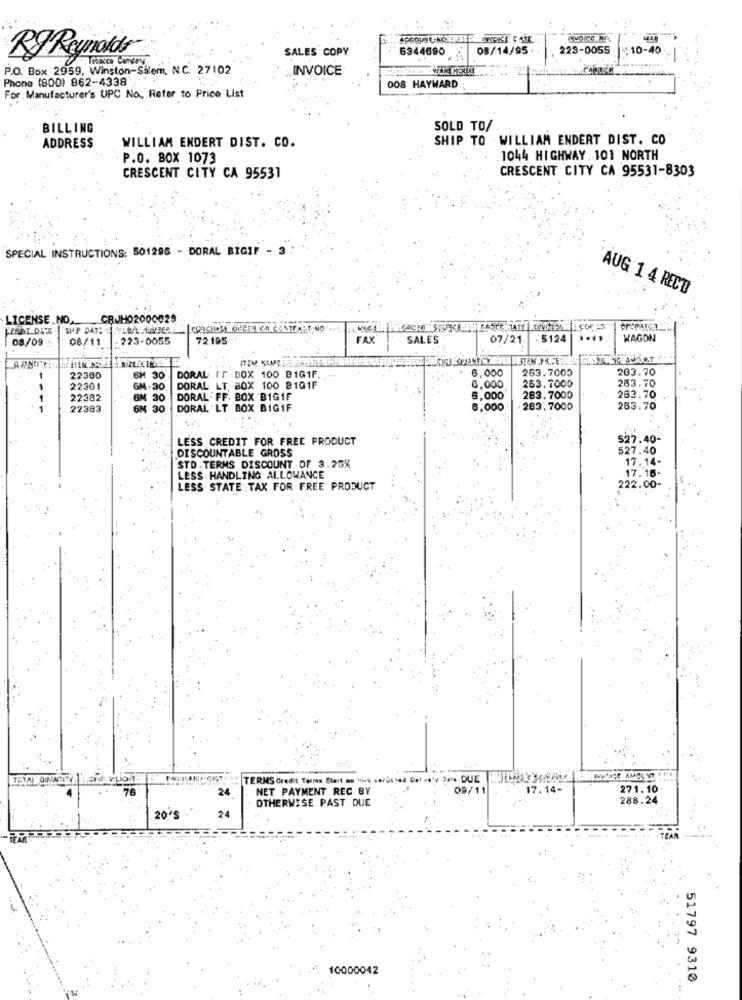
APROUNL-NO. LESS KA INVOKE $ ATE
SALES COPY
5344690
08/14/95 . .
223-0055
: 10-40
RJ Reynolds
P.O. Box 2959, Winston-Salem, N.C. 27:02
Tobacco Comen
INVOICE
Phone (800) 862-4338 '
008 HAYWARD
For . Manufacturer's UPC No. Refer to Price List
BILLING
SOLD TO/
SHIP TO . WILLIAM ENDERT DIST. CO
ADDRESS
WILLIAM ENDERT DIST. CO.
P.O. BOX 1073
1044 HIGHWAY . 101 NORTH
CRESCENT CITY CA 95531-8303
CRESCENT CITY CA 95531
SPECIAL INSTRUCTIONS: 501296 - DORAL BIGIF - 3
AUG 1 4 RECTO
LICENSE.NO,
CRJHO2000029
SHIP DATE
08/09
08/11
223-0055
72 195
FAX
SALES
07/21-
5124
....
WAGON
6,000
263.7005
203.70
22300
6H 30
DORAL IT BOX 100 B1G1F.
263.70
1
22361
M .30
DORAL LT BOX 100 8101F
8,000
263.7000
22382
30
DORAL. FF. BOX 'BIG1F
6,000
283.7000
263.70
22383
30
DORAL LT BOX BIG1F
8.000
283.7000
263.70
LESS CREDIT FOR FREE PRODUCT
$27.40-
DISCOUNTABLE GROSS
527.40
17.14-
STD.TERMS DISCOUNT OF 3.20%
17.16-
LESS HANDLING ALLOWANCE
LESS STATE TAX FOR FREE PRODUCT
222.00-
TERMS Credit Terms Start on wies cordssed Del vey 3 *** DUE
24
NET PAYMENT REC BY
09/11
17.14-
271.10
OTHERWISE PAST DUE
288.24
20'S
24
10000042
51797 9310